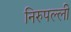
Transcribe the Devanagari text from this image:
निरुपल्ली